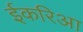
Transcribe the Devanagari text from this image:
ईकरिआ